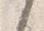
之